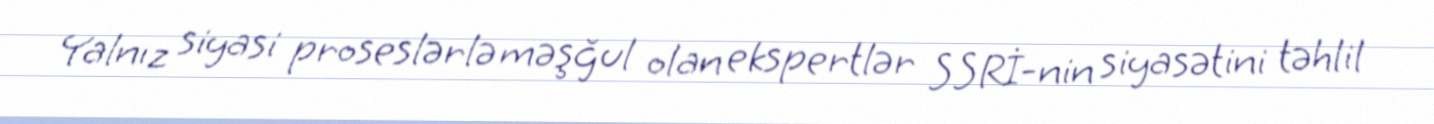
Yalnız siyasi proseslərlə məşğul olan ekspertlər SSRİ-nin siyasətini təhlil